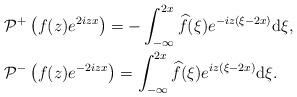
LaTeX: \begin{align*}&\mathcal{P}^+\left(f(z) e^{2iz x}\right) =-\int_{-\infty}^{2x}\widehat{f}(\xi)e^{-iz(\xi-2x ) }\mathrm{d}\xi,\\&\mathcal{P}^-\left(f(z) e^{-2iz x}\right) =\int_{-\infty}^{ 2x} \widehat{f}(\xi)e^{ iz(\xi-2x ) }\mathrm{d}\xi.\end{align*}